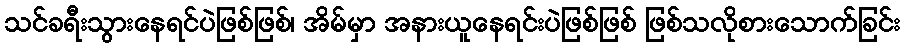
သင်ခရီးသွားနေရင်ပဲဖြစ်ဖြစ်၊ အိမ်မှာ အနားယူနေရင်းပဲဖြစ်ဖြစ် ဖြစ်သလိုစားသောက်ခြင်း